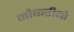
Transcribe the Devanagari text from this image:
नौकरीयो